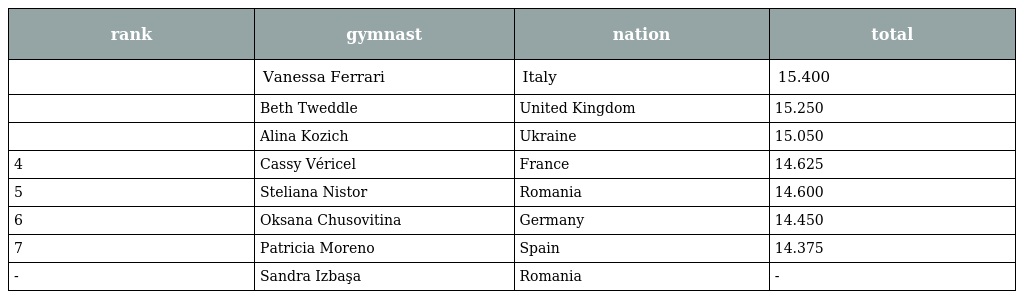
| rank | gymnast | nation | total |
 | --- | --- | --- | --- |
 |  | Vanessa Ferrari | Italy | 15.400 |
 |  | Beth Tweddle | United Kingdom | 15.250 |
 |  | Alina Kozich | Ukraine | 15.050 |
 | 4 | Cassy Véricel | France | 14.625 |
 | 5 | Steliana Nistor | Romania | 14.600 |
 | 6 | Oksana Chusovitina | Germany | 14.450 |
 | 7 | Patricia Moreno | Spain | 14.375 |
 | - | Sandra Izbaşa | Romania | - |